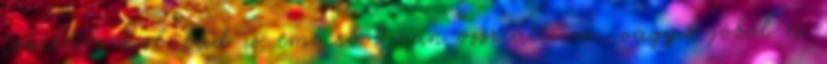
tökéletes kisbabád is emberből van összeállítva, vagyis jóból és